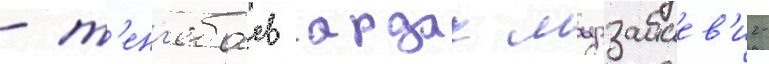
- т'енг'ебаев ардак мырзабаев'ич-